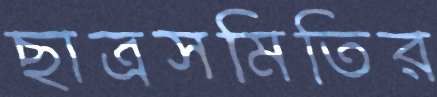
ছাত্রসমিতির